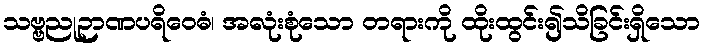
သဗ္ဗညုဉာဏပရိဝေဓံ၊ အလုံးစုံသော တရားကို ထိုးထွင်း၍သိခြင်းရှိသော